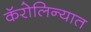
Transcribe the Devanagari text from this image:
कॅरोलिन्यात